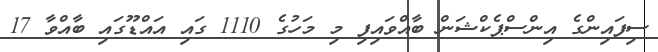
ސިފައިންގެ އިންސްޕެކްޝަން ބާއްވައިފި މި މަހުގެ 1110 ގައި އައްޑޫގައި ބާއްވާ 17